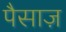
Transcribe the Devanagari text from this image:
पैसाज़